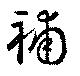
補